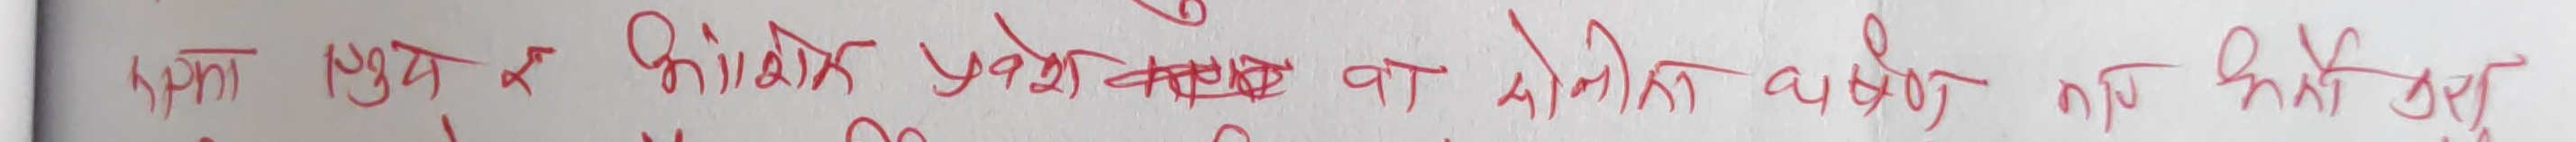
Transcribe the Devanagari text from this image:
रगता सुख र अथवा प्रेत शमशान का मोलतोल वर्णन गर्दै लिखेको छैन